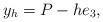
LaTeX: \begin{align*} y_h = P - h e_3,\end{align*}